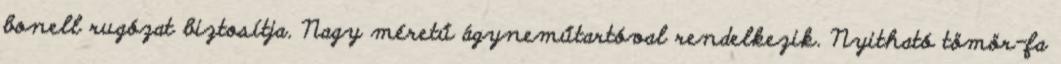
bonell rugózat biztosítja. Nagy méretű ágyneműtartóval rendelkezik. Nyitható tömör-fa